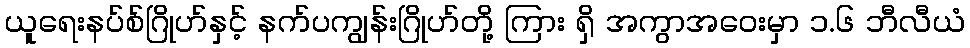
ယူရေးနပ်စ်ဂြိုဟ်နှင့် နက်ပကျွန်းဂြိုဟ်တို့ ကြား ရှိ အကွာအဝေးမှာ ၁.၆ ဘီလီယံ